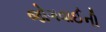
જોગવાઈની